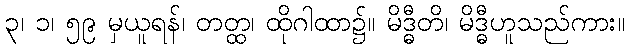
၃၊ ၁၊ ၅၉ မှယူရန်၊ တတ္ထ၊ ထိုဂါထာ၌။ မိဒ္ဓီတိ၊ မိဒ္ဓီဟူသည်ကား။